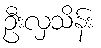
ဦးလှသိန်း